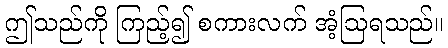
ဤသည်ကို ကြည့်၍ စကားလက် အံ့ဩရသည်။